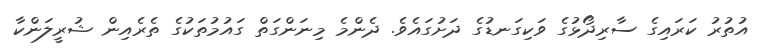
އުތުރު ކަރައިގެ ސާރިދޯޅުގެ ވަކިގަނޑުގެ ދަށުގައެވެ. ދެންމެ މިނަންގަތް ގައުމުތަކުގެ ތެރެއިން ޝުރީލަންކާ